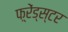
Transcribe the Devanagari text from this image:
फ़्रेंड्स्टर